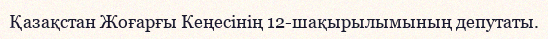
Қазақстан Жоғарғы Кеңесінің 12-шақырылымының депутаты.